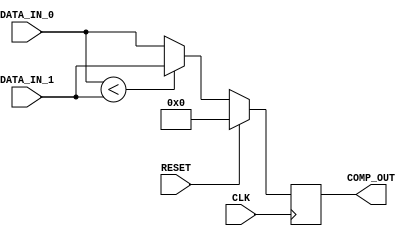
`timescale 1ns/1ps
module comparator #(
    // INPUT PARAMETERS
    parameter DATA_WIDTH = 16
)
(
    // PORTS
    input  wire                             CLK,
    input  wire                             RESET,
    input  wire [ DATA_WIDTH   -1 : 0]      DATA_IN_0,
    input  wire [ DATA_WIDTH   -1 : 0]      DATA_IN_1,
    output reg  [ DATA_WIDTH   -1 : 0]      COMP_OUT
);

// ******************************************************************
// LOCALPARAMS
// ******************************************************************
// ******************************************************************
// WIRES & REGS
// ******************************************************************

always @ (posedge CLK)
begin: COMPARISON
    if (RESET)
        COMP_OUT <= 0;
    else
        COMP_OUT <= DATA_IN_0 < DATA_IN_1 ? DATA_IN_1 : DATA_IN_0;
end

endmodule